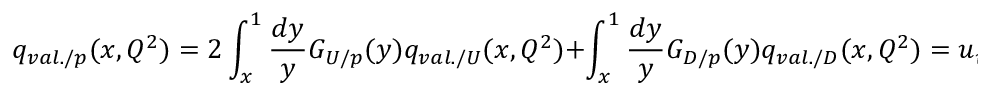
q _ { v a l . / p } ( x , Q ^ { 2 } ) = 2 \int _ { x } ^ { 1 } \frac { d y } { y } G _ { U / p } ( y ) q _ { v a l . / U } ( x , Q ^ { 2 } ) + \int _ { x } ^ { 1 } \frac { d y } { y } G _ { D / p } ( y ) q _ { v a l . / D } ( x , Q ^ { 2 } ) = u _ { v a l . / p } ( x , Q ^ { 2 } ) + d _ { v a l . / p } ( x , Q ^ { 2 } )